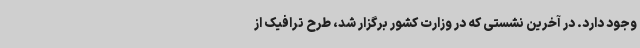
وجود دارد. در آخرین نشستی که در وزارت کشور برگزار شد، طرح ترافیک از